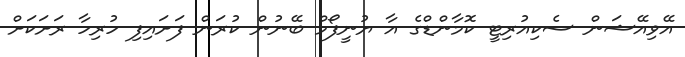
އޭވިއޭޝަން ސެކިއުރިޓީ ކޮމާންޑްގެ އާ ޔުނީފޯމް ބޭނުން ކުރަން ފަށައިފި ހުރިހާ ރަށަކަށް